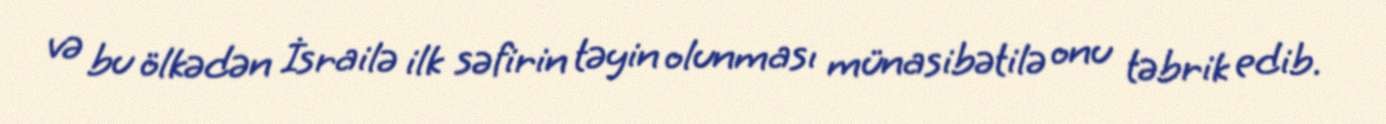
və bu ölkədən İsrailə ilk səfirin təyin olunması münasibətilə onu təbrik edib.